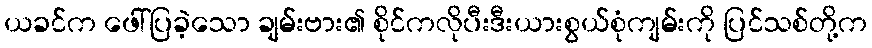
ယခင်က ဖေါ်ပြခဲ့သော ချမ်းဗား၏ စိုင်ကလိုပီးဒီးယားစွယ်စုံကျမ်းကို ပြင်သစ်တို့က